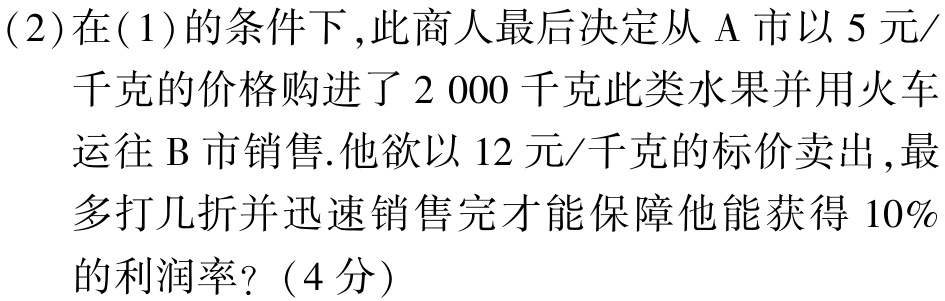
(2)在(1)的条件下,此商人最后决定从 A 市以 5 元/

千克的价格购进了 2 000 千克此类水果并用火车

运往 B 市销售.他欲以 12 元/千克的标价卖出,最

多打几折并迅速销售完才能保障他能获得 10%

的利润率?（4分）